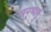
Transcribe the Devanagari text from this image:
मनुष्यनुं